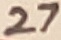
Text: 27